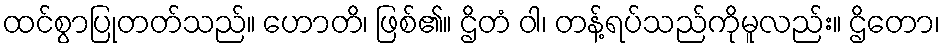
ထင်စွာပြုတတ်သည်။ ဟောတိ၊ ဖြစ်၏။ ဌိတံ ဝါ၊ တန့်ရပ်သည်ကိုမူလည်း။ ဌိတော၊